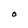
Character: O